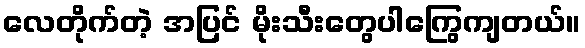
လေတိုက်တဲ့ အပြင် မိုးသီးတွေပါကြွေကျတယ်။